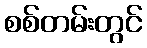
စစ်တမ်းတွင်